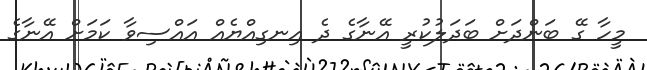
މީހާ ގޭ ބަންދަށް ބަދަލުކުރީ އޭނާގެ ދެ އިނގިއްޔެއް އައްސިވާ ކަމަށް އޭނާގެ